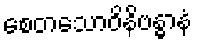
စေတသောဝိနိဗန္ဓာနံ